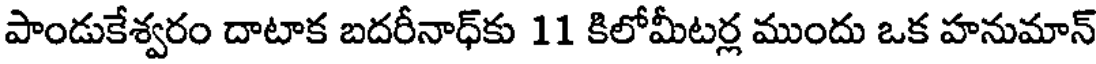
పాండుకేశ్వరం దాటాక బదరీనాధ్కు 11 కిలోమీటర్ల ముందు ఒక హనుమాన్